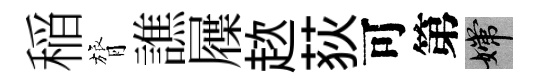
稲膂譙屧趑荻可第嫦